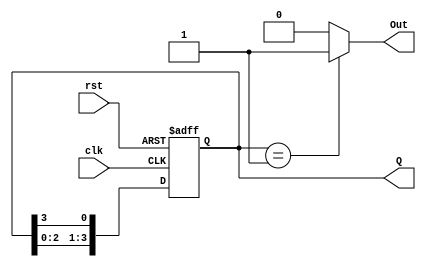
module ring_counter(
    input wire clk,           // Clock signal
    input wire rst,           // Reset signal
    output reg [3:0] Q,       // 4-bit output
    output reg Out            // Output logic based on the current state
);
    
    // State transition logic
    always @(posedge clk or posedge rst) begin
        if (rst) begin
            Q <= 4'b0001;      // Reset to State 0
        end else begin
            Q <= {Q[2:0], Q[3]}; // Shift right with feedback
        end
    end
    
    // Output logic (Moore Machine)
    always @(Q) begin
        Out = (Q == 4'b0001) ? 1'b1 : 1'b0; // Out is 1 when in State 0, otherwise 0
    end
    
endmodule